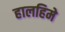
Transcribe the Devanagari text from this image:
हालहिमे